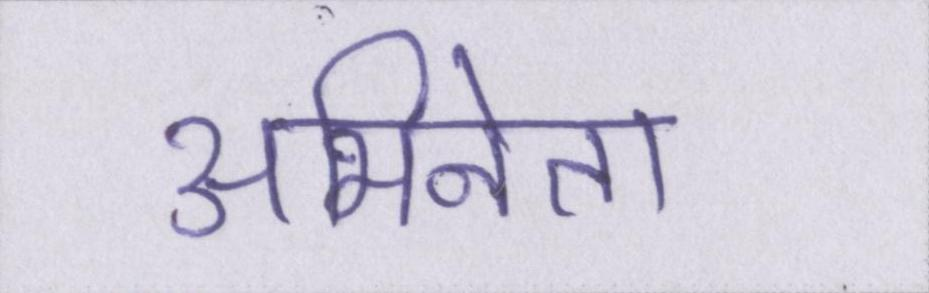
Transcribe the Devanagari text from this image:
अभिनेता